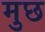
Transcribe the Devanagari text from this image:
मुछ